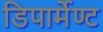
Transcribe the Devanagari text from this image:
डिपार्मेण्ट